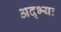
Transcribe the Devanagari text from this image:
अद्भ्यः